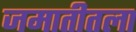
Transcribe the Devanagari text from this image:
जमातीतला